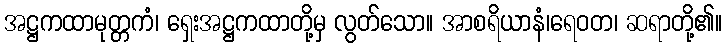
အဋ္ဌကထာမုတ္တကံ၊ ရှေးအဋ္ဌကထာတို့မှ လွတ်သော။ အာစရိယာနံ၊ရေဝတ၊ ဆရာတို့၏။